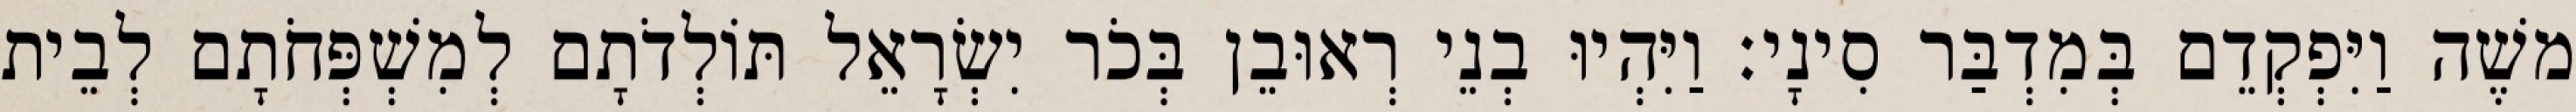
משֶׁה וַיִּפְקְדֵם בְּמִדְבַּר סִינָי׃ וַיִּהְיוּ בְנֵי רְאוּבֵן בְּכֹר יִשְׂרָאֵל תּוֹלְדֹתָם לְמִשְׁפְּחֹתָם לְבֵית